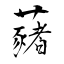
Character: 藸